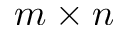
m \times n